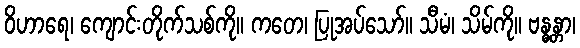
ဝိဟာရေ၊ ကျောင်းတိုက်သစ်ကို။ ကတေ၊ ပြုအပ်သော်။ သီမံ၊ သိမ်ကို။ ဗန္ဓန္တာ၊